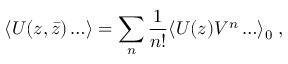
\langle U ( z , \bar { z } ) \ldots \rangle = \sum _ { n } { \frac { 1 } { n ! } } \langle U ( z ) V ^ { n } \ldots \rangle _ { 0 } \; ,